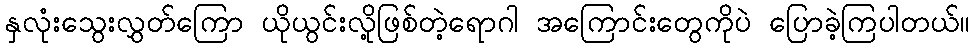
နှလုံးသွေးလွှတ်ကြော ယိုယွင်းလို့ဖြစ်တဲ့ရောဂါ အကြောင်းတွေကိုပဲ ပြောခဲ့ကြပါတယ်။